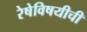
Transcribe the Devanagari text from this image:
रेषेविषयीची